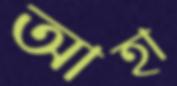
আহা